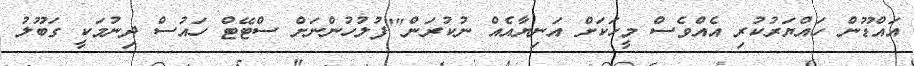
އައްޑޫން ހައްޔަރުކުރި އެއްވެސް މީހަކަށް އަނިޔާއެއް ނުކުރަން""ފުލުހުންނަށް ސްޓޭޓް ހައުސް ދިނުމަކީ ގަބޫލު